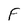
Character: F